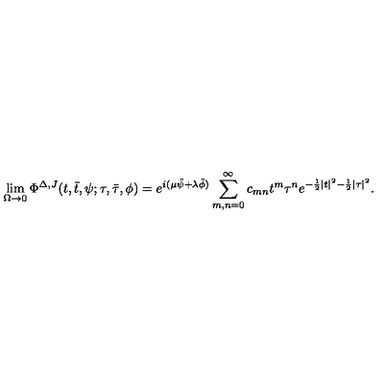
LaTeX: \lim _ { \Omega \to 0 } \Phi ^ { \Delta , J } ( t , \bar { t } , \psi ; \tau , \bar { \tau } , \phi ) = e ^ { i ( \mu \hat { \psi } + \lambda \hat { \phi } ) } \sum _ { m , n = 0 } ^ { \infty } c _ { m n } t ^ { m } \tau ^ { n } e ^ { - \frac { 1 } { 2 } | t | ^ { 2 } - \frac { 1 } { 2 } | \tau | ^ { 2 } } .